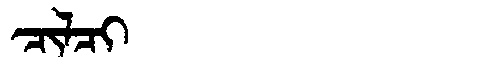
Manchu: ᠴᡳᠯᠴᡳ
Romanization: CILCI